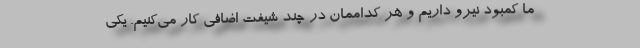
ما کمبود نیرو داریم و هر کداممان در چند شیفت اضافی کار می‌کنیم. یکی